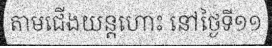
តាមជើងយន្តហោះ នៅថ្ងៃទី១១